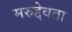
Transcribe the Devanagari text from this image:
मरुद्देवता